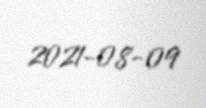
2021-08-09